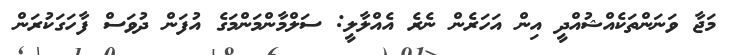
މަޖާ ވަނަންތަކެއްޝުއްދީ އިން އަހަރެން ނެރެ އެއްލާލީ: ސަލްމާންމަންމަގެ އުފަން ދުވަސް ފާހަގަކުރަން